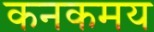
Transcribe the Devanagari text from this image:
कनकमय